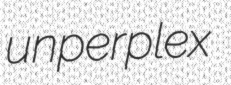
unperplex